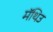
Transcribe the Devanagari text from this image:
मॅथिउ